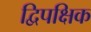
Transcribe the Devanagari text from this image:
द्विपक्षिक